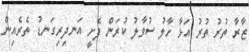
ޒާރާ ތުރު ތުރު އަޅާ ހާލު ސުވާލު ކުރަން ފެށީ އަނދިރިގަނޑު ތެރެއިން